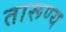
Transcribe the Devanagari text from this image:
तारूण्य